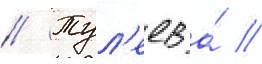
// Тул'еев а́ //